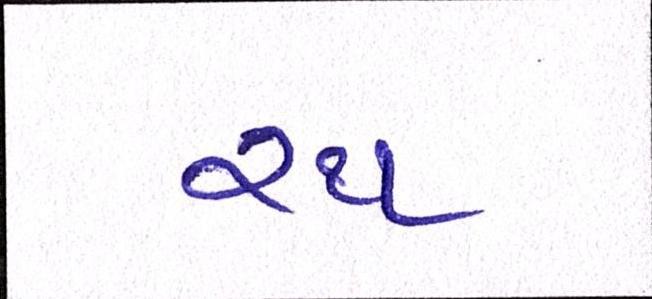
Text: રથ